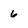
Character: 6